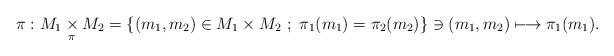
LaTeX: \begin{align*}\pi : M_1\underset{\pi}{\times}M_2=\{(m_1,m_2)\in M_1\times M_2\ ; \ \pi_1(m_1)=\pi_2(m_2)\} \ni (m_1,m_2)\longmapsto \pi_1(m_1).\end{align*}